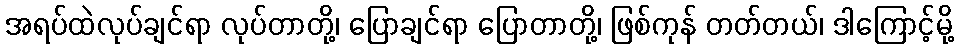
အရပ်ထဲလုပ်ချင်ရာ လုပ်တာတို့၊ ပြောချင်ရာ ပြောတာတို့၊ ဖြစ်ကုန် တတ်တယ်၊ ဒါကြောင့်မို့